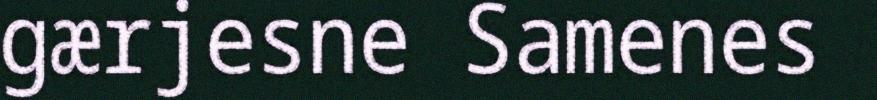
gærjesne Samenes